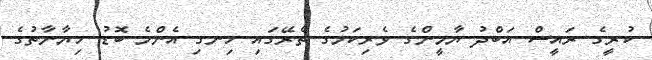
ކުރީގެ ރައީސް އަބްދު ޔާމީންގެ ވެރިކަމުގެ ތެރޭގައި ހިނގި އެންމެ ބޮޑު ހިޔާނާތުގެ